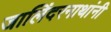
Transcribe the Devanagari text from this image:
जालिंदरनाथांनी